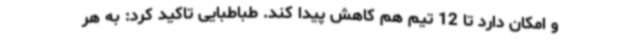
و امکان دارد تا 12 تیم هم کاهش پیدا ‌کند. طباطبایی تاکید کرد: به هر